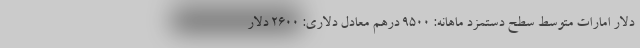
دلار امارات متوسط سطح دستمزد ماهانه: ۹۵۰۰ درهم معادل دلاری: ۲۶۰۰ دلار